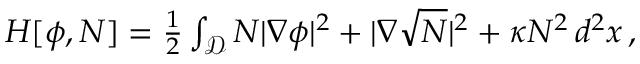
\begin{array} { r } { H [ \phi , N ] = \frac { 1 } { 2 } \int _ { \mathcal { D } } N | \nabla \phi | ^ { 2 } + | \nabla \sqrt { N } | ^ { 2 } + \kappa N ^ { 2 } \, d ^ { 2 } x \, , } \end{array}